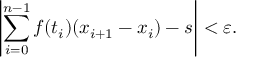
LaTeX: \left| \sum _ { i = 0 } ^ { n - 1 } f ( t _ { i } ) ( x _ { i + 1 } - x _ { i } ) - s \right| < \varepsilon .